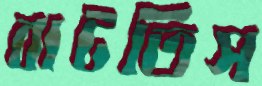
বাটতিস